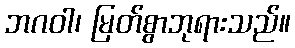
ဘဂဝါ၊ မြတ်စွာဘုရားသည်။